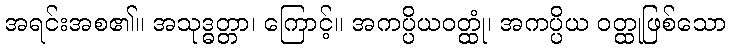
အရင်းအစ၏။ အသုဒ္ဓတ္တာ၊ ကြောင့်။ အကပ္ပိယဝတ္ထုံ၊ အကပ္ပိယ ဝတ္ထုဖြစ်သော